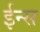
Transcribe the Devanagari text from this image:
ईन्स